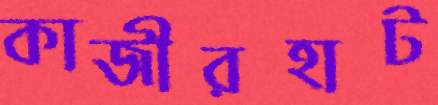
কাজীরহাট